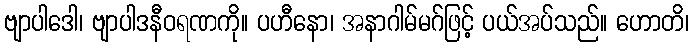
ဗျာပါဒေါ၊ ဗျာပါဒနီဝရဏကို။ ပဟီနော၊ အနာဂါမ်မဂ်ဖြင့် ပယ်အပ်သည်။ ဟောတိ၊